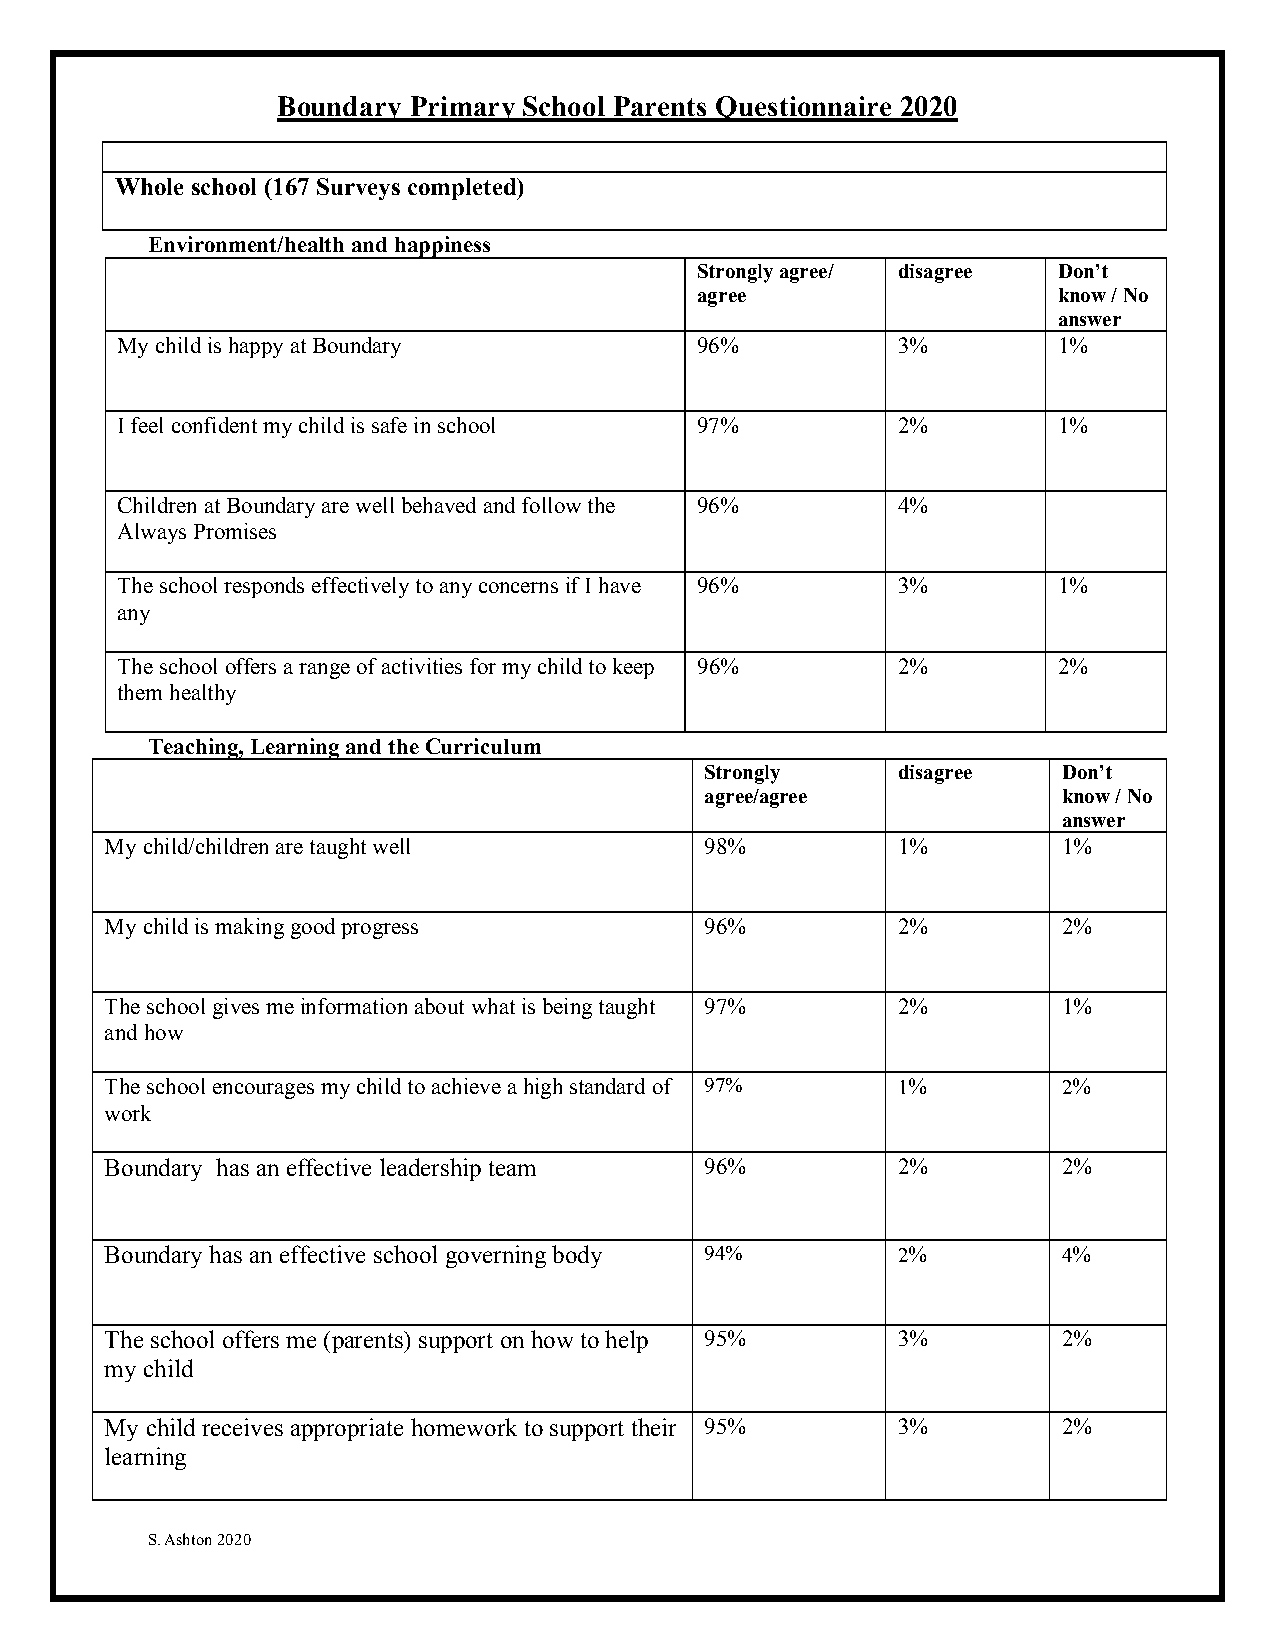
Boundary Primary School Parents Questionnaire 2020
 Whole school (167 Surveys completed)
 Environment/health and happiness
 Strongly agree/ disagree Don’t
 agree                   know / No
 answer
 My child is happy at Boundary         96%          3%         1%
 I feel confident my child is safe in school 97%    2%         1%
 Children at Boundary are well behaved and follow the 96% 4%
 Always Promises
 The school responds effectively to any concerns if I have 96% 3% 1%
 any
 The school offers a range of activities for my child to keep 96% 2% 2%
 them healthy
 Teaching, Learning and the Curriculum
 Strongly    disagree   Don’t
 agree/agree            know / No
 answer
 My child/children are taught well       98%         1%         1%
 My child is making good progress        96%         2%         2%
 The school gives me information about what is being taught 97% 2% 1%
 and how
 The school encourages my child to achieve a high standard of 97% 1% 2%
 work
 Boundary has an effective leadership team 96%       2%         2%
 Boundary has an effective school governing body 94% 2%         4%
 The school offers me (parents) support on how to help 95% 3%   2%
 my child
 My child receives appropriate homework to support their 95% 3% 2%
 learning
 S. Ashton 2020